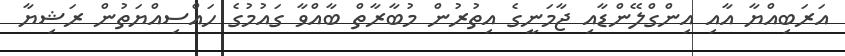
އަރަބިއްޔާ އާއި އިންގްލޭންޑާއި ޖާމަނީގެ އިތުރުން މުބާރާތް ބާއްވާ ގައުމުގެ ހައްސިއްޔަތުން ރަޝިޔާ